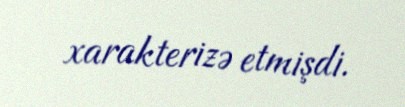
xarakterizə etmişdi.